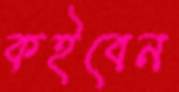
কইবেন